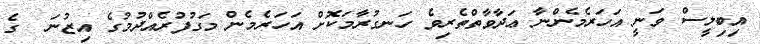
އިބިލީސް ވަނީ އަހަރެމެންނާ ޢަދާވާތްތެރިވެ ހަނގުރާމަކޮށް އަހަރެމެން މަގުފުރެއްދުމުގެ އިޒުނަ  ގެ